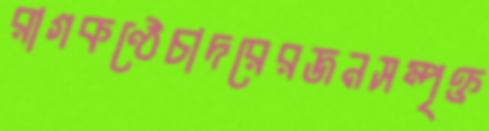
রাগকণ্ঠেচাদরেরজনসম্পৃক্ত